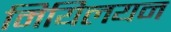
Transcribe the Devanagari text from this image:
मियिलयन